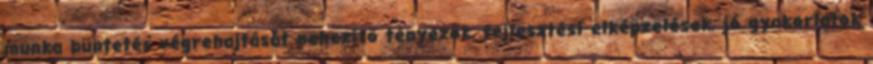
munka büntetés végrehajtását nehezítő tényezők, fejlesztési elképzelések, jó gyakorlatok